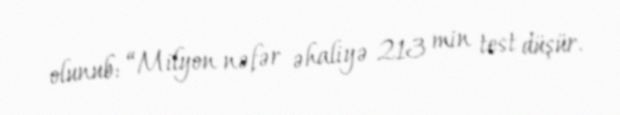
olunub: “Milyon nəfər əhaliyə 213 min test düşür.